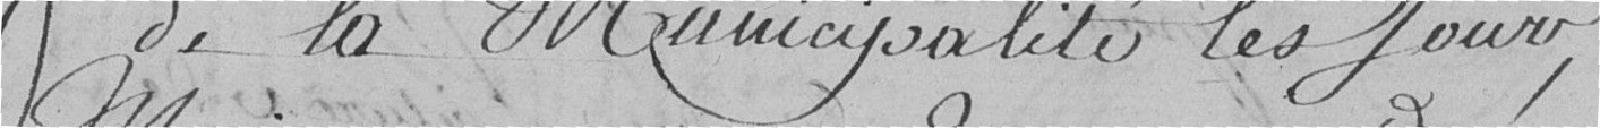
de la Municipalité les jours,